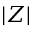
\lvert Z \rvert